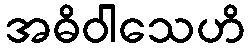
အဓိဝါသေဟိ